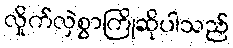
လှိုက်လှဲစွာကြိုဆိုပါသည်